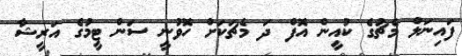
ފައިނަލް މެޗުގެ ކުއީން އޮފް ދަ މެޗަކަށް ހޮވުނީ ސަން ޓީމުގެ އަރީޝާ